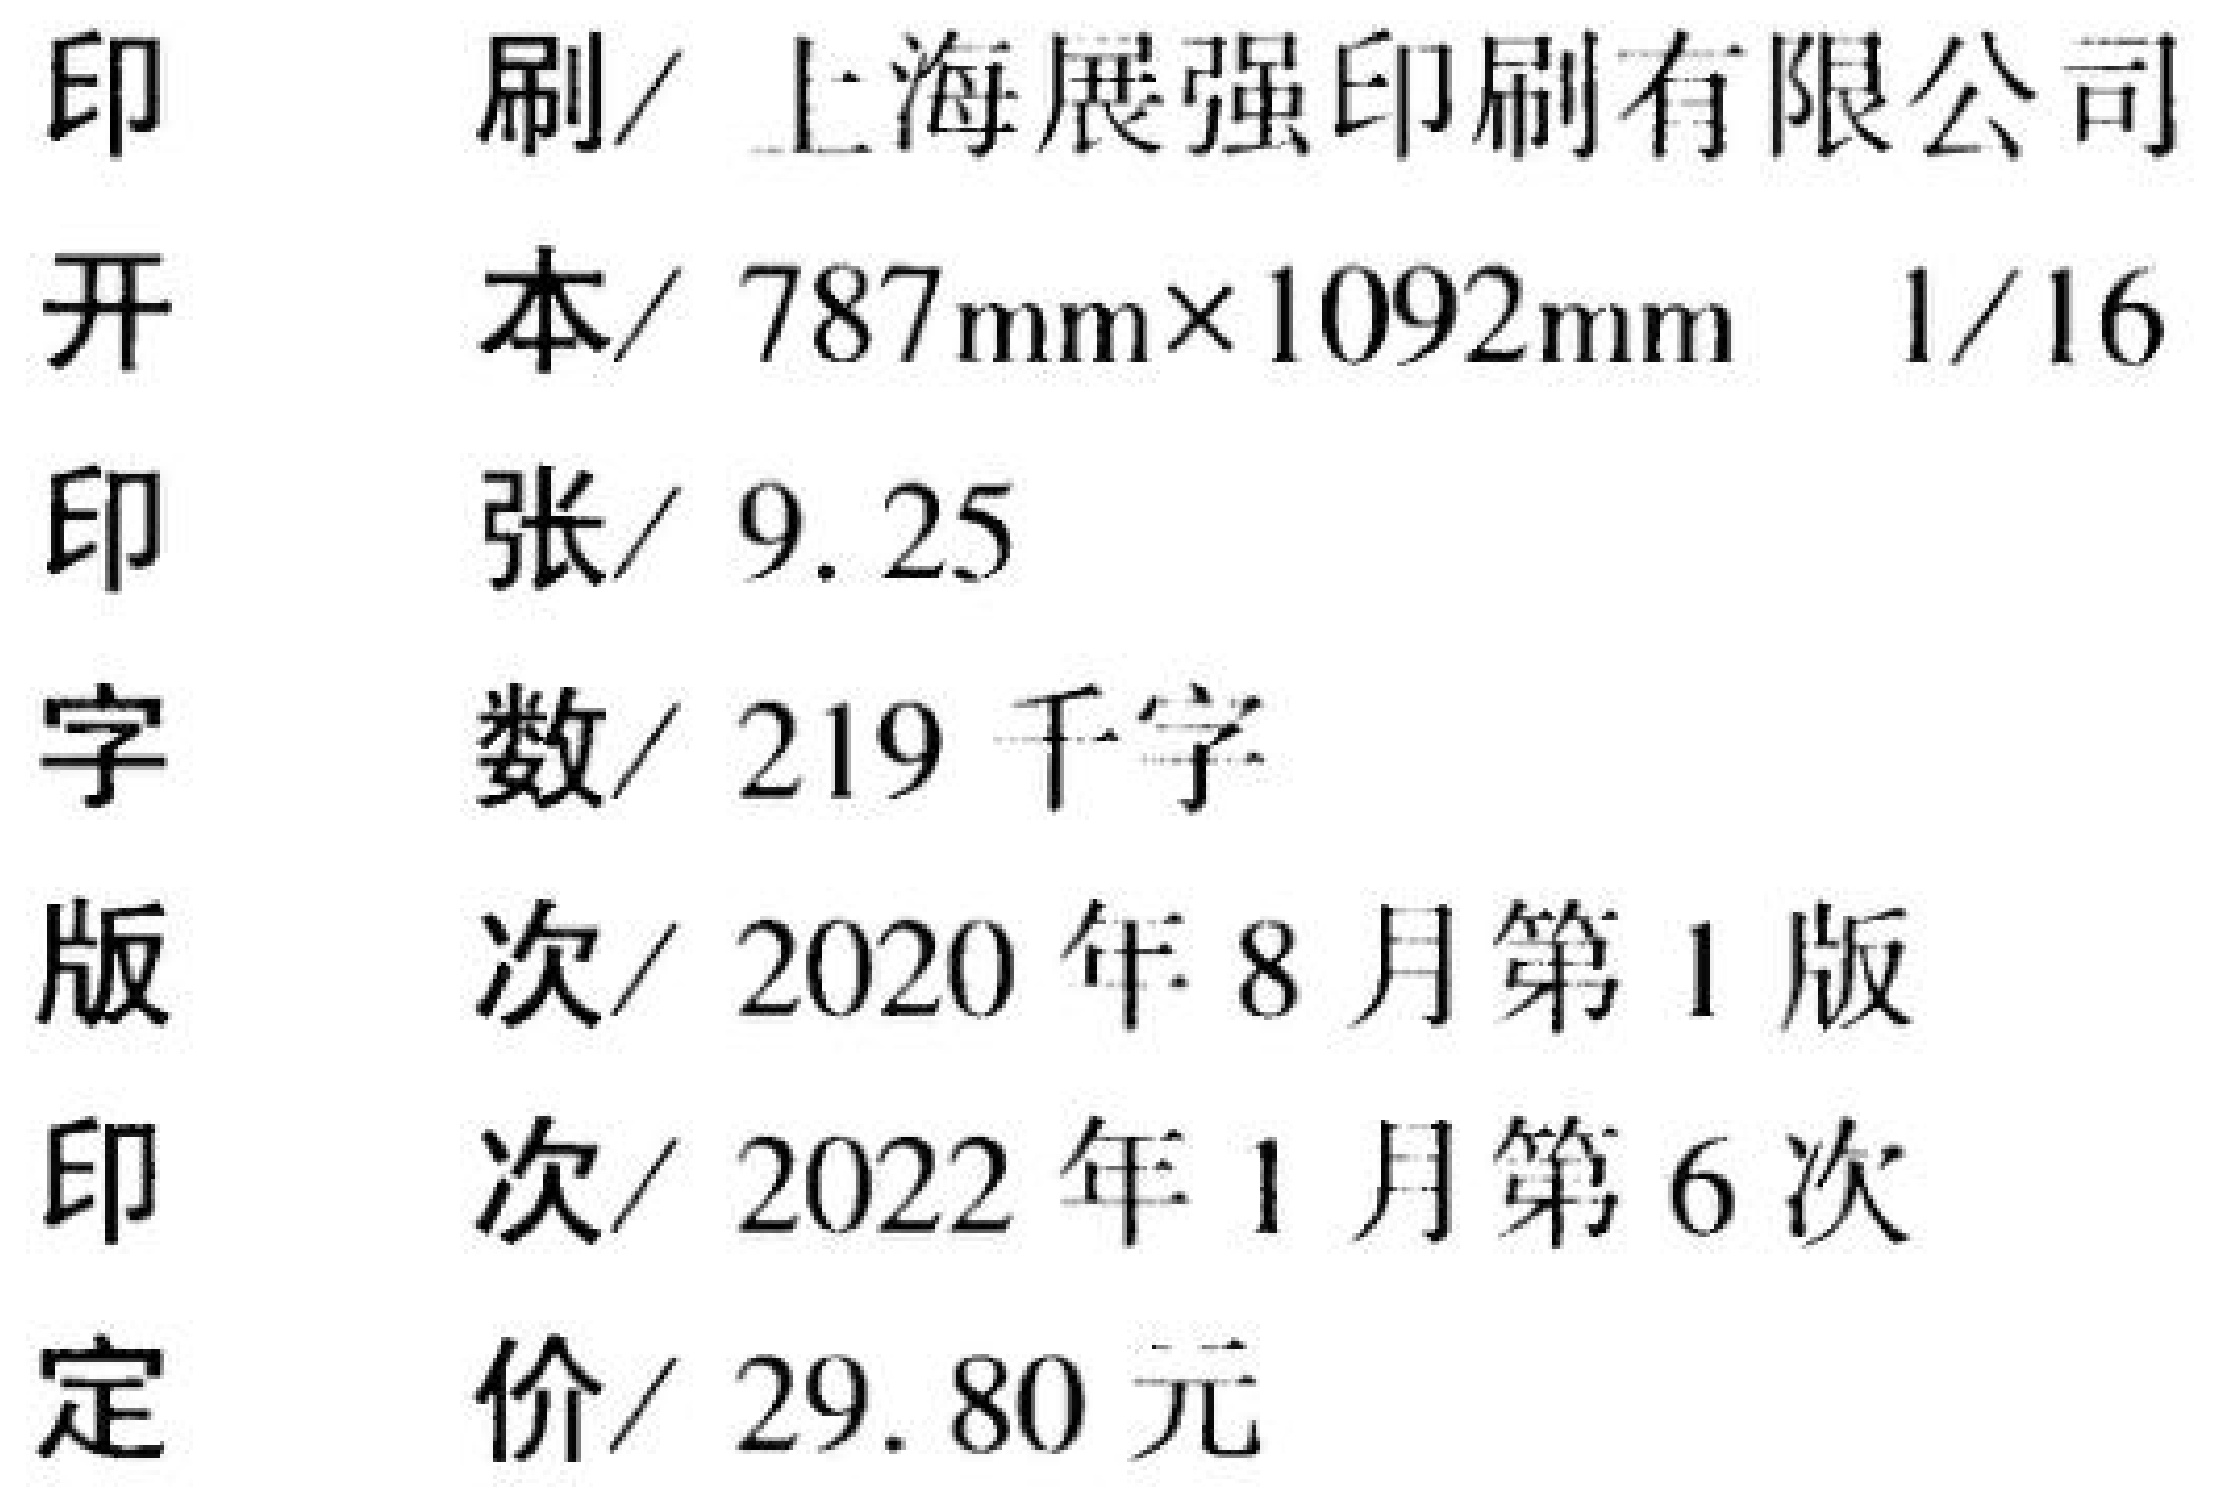
印     刷/ 上海展强印刷有限公司
开     本/ \(787\text{mm}\times1092\text{mm}\)  \(1/16\)
印     张/ \(9.25\)
字     数/ \(219\) 千字
版     次/ \(2020\) 年 \(8\) 月第 \(1\) 版
印     次/ \(2022\) 年 \(1\) 月第 \(6\) 次
定     价/ \(29.80\) 元